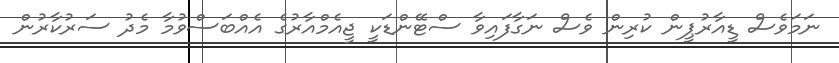
ނަމަވެސް ޑީއާރުޕީން ކުރިން ވެސް ނަގާފައިވާ ސްޓޭންޑަކީ ޖީއެމްއާރުގެ އެއްބަސްވުމާ މެދު ސަރުކާރުން